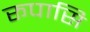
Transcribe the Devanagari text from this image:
रूपासि